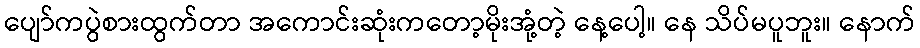
ပျော်ကပွဲစားထွက်တာ အကောင်းဆုံးကတော့မိုးအုံ့တဲ့ နေ့ပေါ့။ နေ သိပ်မပူဘူး။ နောက်